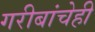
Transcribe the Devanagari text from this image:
गरीबांचेही